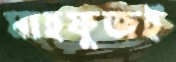
মাহফুজই